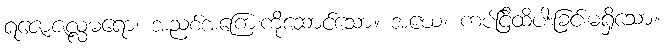
ရဇောဇလ္လဓရော၊ အညစ်အကြေးကိုဆောင်သော။ အဃေ၊ ကပ်ငြိထိပါးခြင်းမရှိသော။